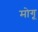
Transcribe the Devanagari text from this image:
मोगू